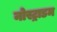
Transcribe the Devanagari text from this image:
नोस्ट्राडम